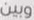
وبين